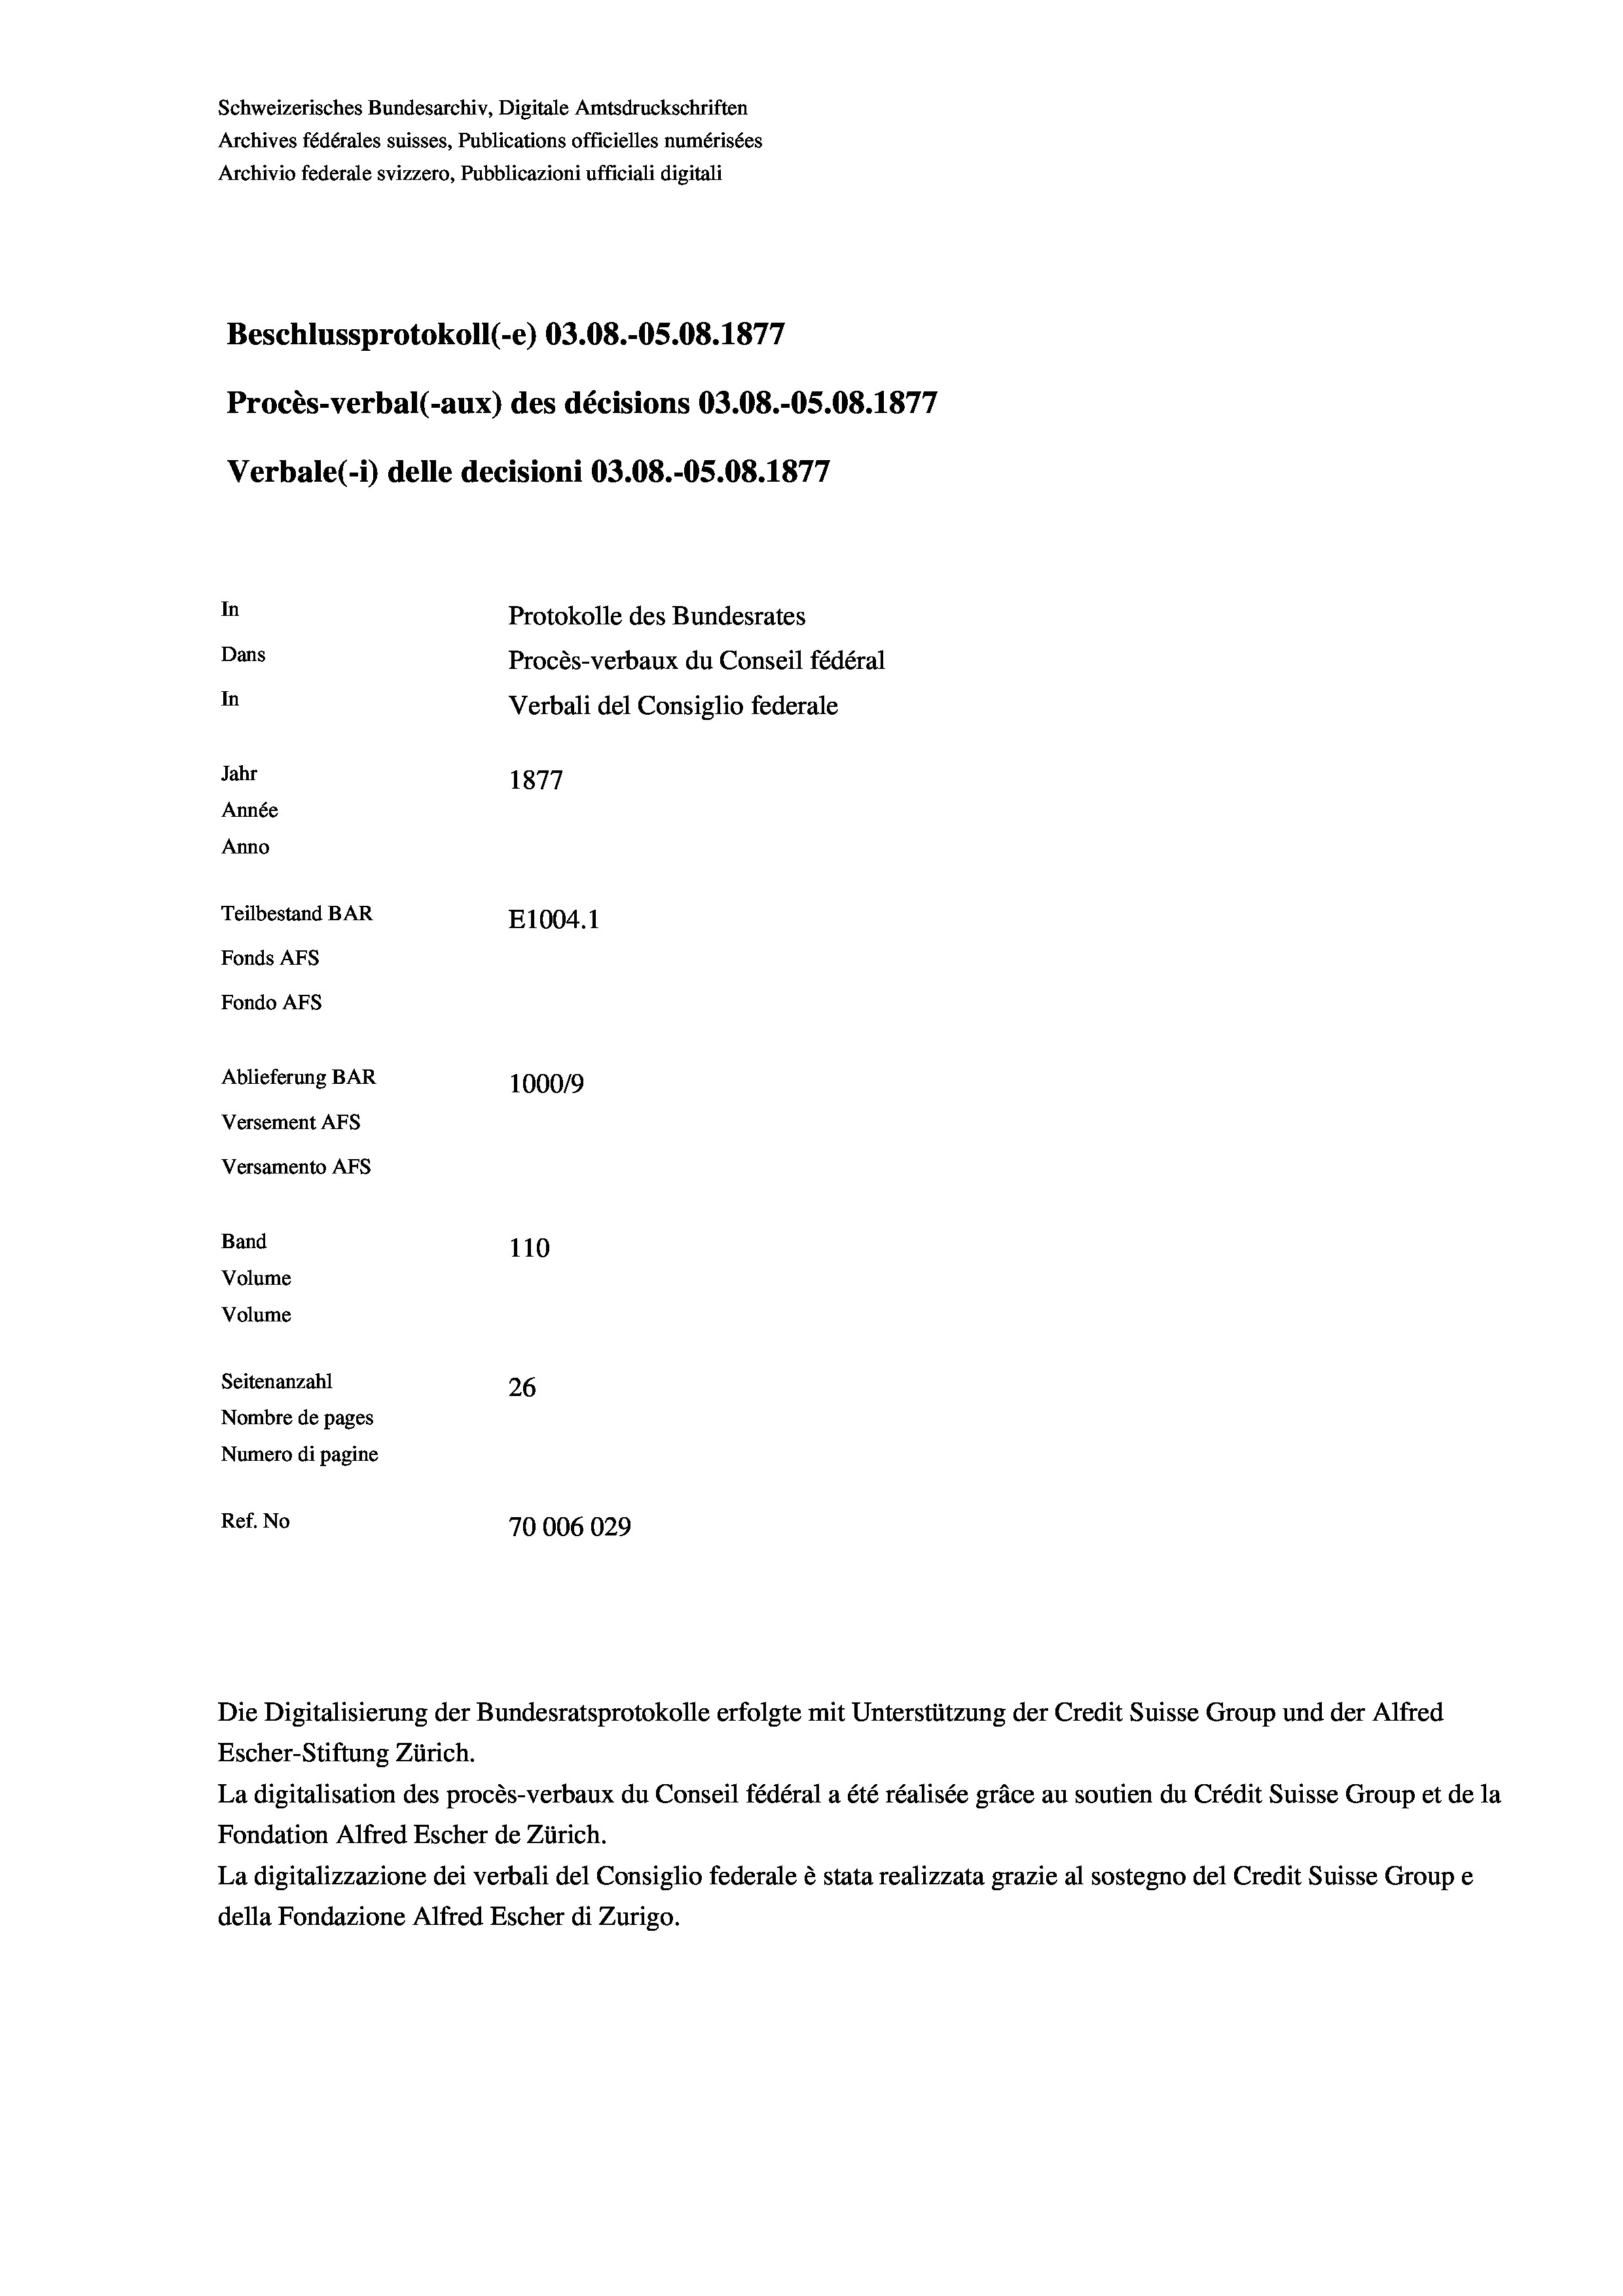
Schweizerisches Bundesarchiv, Digitale Amtsdruckschriften
Archives fédérales suisses, Publications officielles numérisées
Archivio federale svizzero, Pubblicazioni ufficiali digitali
e
Beschlussprotokoll (-e) 03.08.-OS.08. 1877
Procès-verbal (-aux) des décisions 03.08.-OS.08. 1877
Verbale(-) delle decisioni 03.08.-OS.08. 1877
In
Protokolle des Bundesrates
Dans
Procès-verbaux du Conseil fédéral
In
Verbali del Consiglio federale
Jahr
1877
Année
Anno
Teilbestand BAR
E1004.1
Fonds AFs
Fondo AFs
Ablieferung BAR
100019
Versement AFs
Versamento AFs
Band
110
Volume
Volume
Seitenanzahl
26
Nombre de pages
Numero di pagine
Ref. No
70006029

Die Digitalisierung der Bundesratsprotokolle erfolgte mit Unterstützung der Credit Suisse Group und der Alfred

Escher-Stiftung Zürich.
La digitalisation des procès-verbaux du Conseil fédéral a été réalisée gräce au soutien du Crédit Suisse Group et de la
Fondation Alfred Escher de Zürich.
La digitalizzazione dei verbali del Consiglio federale è stata realizzata grazie al sostegno del Credit Suisse Groupe
della Fondazione Alfred Escher di Zurigo.